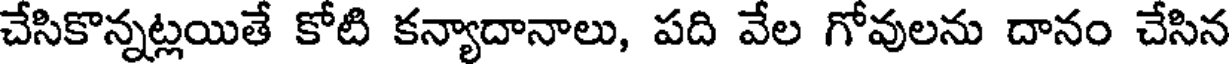
చేసికొన్నట్లయితే కోటి కన్యాదానాలు, పది వేల గోవులను దానం చేసిన